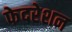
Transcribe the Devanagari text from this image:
फेदरेशन